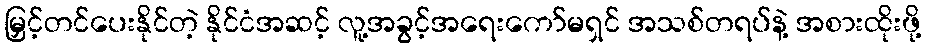
မြှင့်တင်ပေးနိုင်တဲ့ နိုင်ငံအဆင့် လူ့အခွင့်အရေးကော်မရှင် အသစ်တရပ်နဲ့ အစားထိုးဖို့